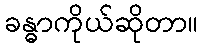
ခန္ဓာကိုယ်ဆိုတာ။